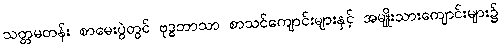
သတ္တမတန်း စာမေးပွဲတွင် ဗုဒ္ဓဘာသာ စာသင်ကျောင်းများနှင့် အမျိုးသားကျောင်းများ၌